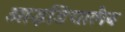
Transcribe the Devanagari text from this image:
आइडियालैब